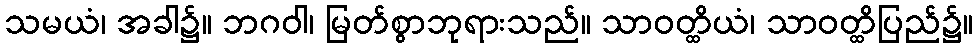
သမယံ၊ အခါ၌။ ဘဂဝါ၊ မြတ်စွာဘုရားသည်။ သာဝတ္ထိယံ၊ သာဝတ္ထိပြည်၌။